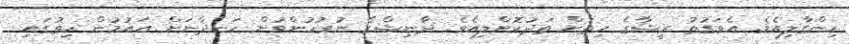
ހިންގާލިއެވެ. އެވަގުތު ރީޝާގެ ހިތަަށް ތަދުކޮށްލިއެވެ. ދާނިޝްގެ ނުރުހުންވުން ހަނދާނަށް އައުމުން ހިތުގައި